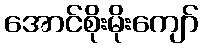
အောင်စိုးမိုးကျော်